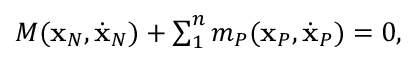
\begin{array} { r } { M ( { \bf x } _ { N } , \dot { \bf x } _ { N } ) + \sum _ { 1 } ^ { n } m _ { P } ( { \bf x } _ { P } , \dot { \bf x } _ { P } ) = 0 , } \end{array}